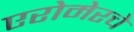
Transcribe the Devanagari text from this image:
एरोमेरचे